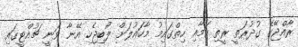
ރާއްޖޭގެ ގުދުރަތީ ރީތި ކަމާއި ހިތްގައިމު މާހައުލަށް ލޯބިޖެހި އޭނާ ވަނީ ޗުއްޓީގައި